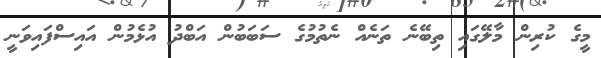
މީގެ ކުރިން މާލޭގައި ތިބޭނެ ތަނެއް ނެތުމުގެ ސަބަބުން އަބްދު އުޅެމުން އައިސްފައިވަނީ